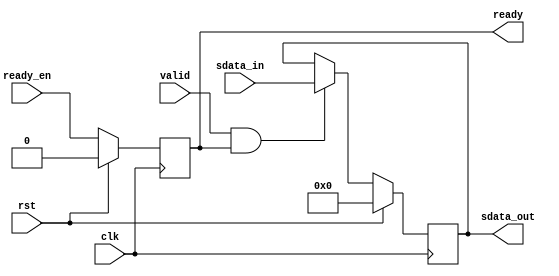
`timescale 1ns/1ps

module slave#(parameter WIDTH = 8)(
	input 			clk,
	input 			rst,
	input 			ready_en,
	input 			valid,
	input 	   [WIDTH-1:0] 	sdata_in,
	output reg 		ready,
	output reg [WIDTH-1:0] 	sdata_out
	);

  always @(posedge clk) begin
	if (rst)
		ready <= 1'b0;
	else  	ready <= ready_en;
	end

  always @ (posedge clk) begin
        if (rst)
            	sdata_out <= {WIDTH{1'b0}};                 
        else if (valid && ready)
            	sdata_out <= sdata_in;              
        else 
            	sdata_out <= sdata_out;
  end      

endmodule